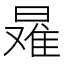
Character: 𰖠